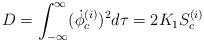
LaTeX: \begin{align*}D = \int^{\infty}_{-\infty}({\dot{\phi}}^{(i)}_c)^2 d\tau = 2K_1S^{(i)}_c\end{align*}